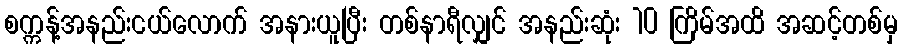
စက္ကန့်အနည်းငယ်လောက် အနားယူပြီး တစ်နာရီလျှင် အနည်းဆုံး 10 ကြိမ်အထိ အဆင့်တစ်မှ